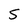
Character: S